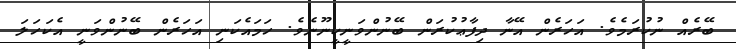
ބޭރެއް ނުކުރަމެވެ. އަހަރެން އޭނާ ދިފާޢުކުރަން ބޭނުންވަނީކީނޫނެވެ. ހަމައެކަނި އަހަރެން ބޭނުންވަނީ އެކަހަލަ